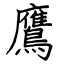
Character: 鷹